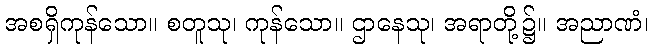
အစရှိကုန်သော။ စတူသု၊ ကုန်သော။ ဌာနေသု၊ အရာတို့၌။ အညာဏံ၊